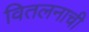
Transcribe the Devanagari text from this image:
वितलनाची